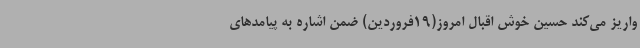
واریز می‌کند حسین خوش اقبال امروز(19فروردین) ضمن اشاره به پیامدهای